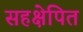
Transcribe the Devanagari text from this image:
सहक्षेपित